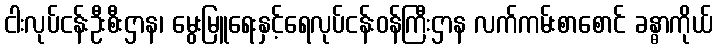
ငါးလုပ်ငန်းဦးစီးဌာန၊ မွေးမြူရေးနှင့်ရေလုပ်ငန်းဝန်ကြီးဌာန လက်ကမ်းစာစောင် ခန္ဓာကိုယ်